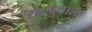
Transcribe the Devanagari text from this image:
खजुवाला